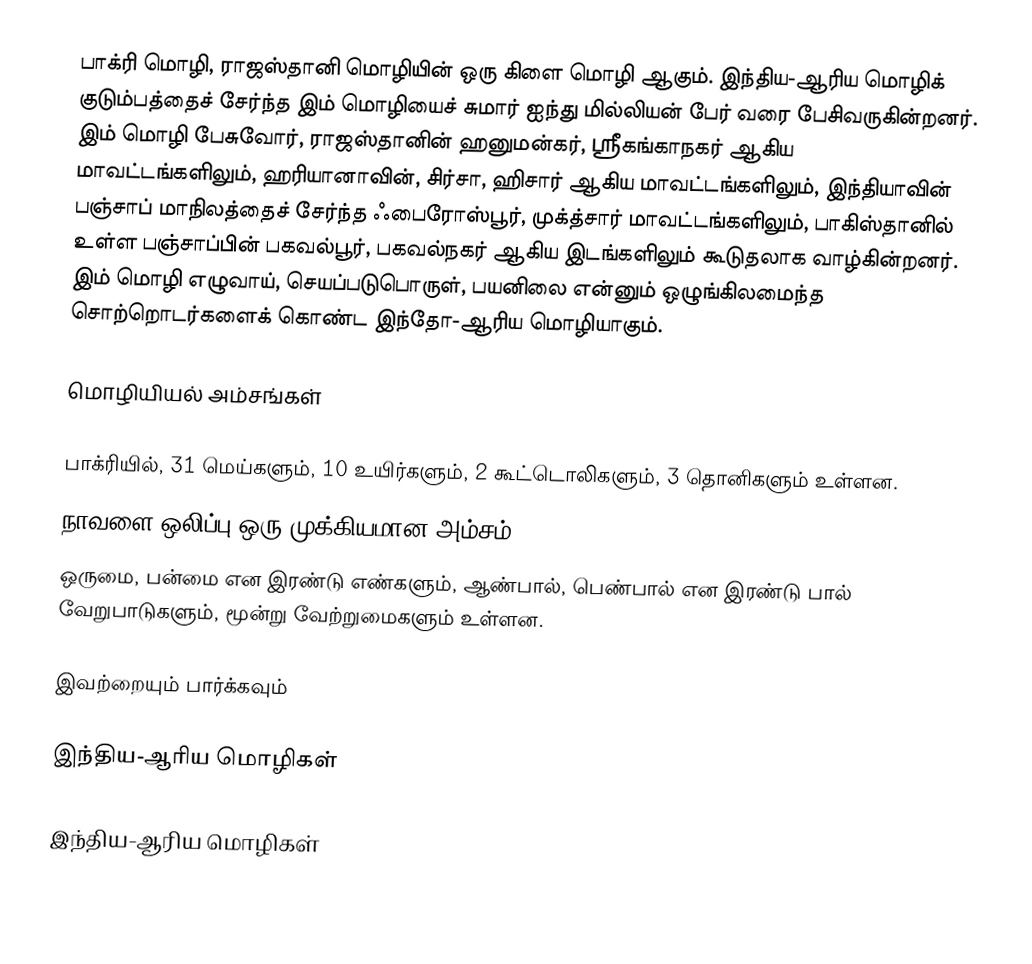
பாக்ரி மொழி, ராஜஸ்தானி மொழியின் ஒரு கிளை மொழி ஆகும். இந்திய-ஆரிய மொழிக் குடும்பத்தைச் சேர்ந்த இம் மொழியைச் சுமார் ஐந்து மில்லியன் பேர் வரை பேசிவருகின்றனர். இம் மொழி பேசுவோர், ராஜஸ்தானின் ஹனுமன்கர், ஸ்ரீகங்காநகர் ஆகிய மாவட்டங்களிலும், ஹரியானாவின், சிர்சா, ஹிசார் ஆகிய மாவட்டங்களிலும், இந்தியாவின் பஞ்சாப் மாநிலத்தைச் சேர்ந்த ஃபைரோஸ்பூர், முக்த்சார் மாவட்டங்களிலும், பாகிஸ்தானில் உள்ள பஞ்சாப்பின் பகவல்பூர், பகவல்நகர் ஆகிய இடங்களிலும் கூடுதலாக வாழ்கின்றனர். இம் மொழி எழுவாய், செயப்படுபொருள், பயனிலை என்னும் ஒழுங்கிலமைந்த சொற்றொடர்களைக் கொண்ட இந்தோ-ஆரிய மொழியாகும்.

மொழியியல் அம்சங்கள்

 பாக்ரியில், 31 மெய்களும், 10 உயிர்களும், 2 கூட்டொலிகளும், 3 தொனிகளும் உள்ளன.
 நாவளை ஒலிப்பு ஒரு முக்கியமான அம்சம்.
 ஒருமை, பன்மை என இரண்டு எண்களும், ஆண்பால், பெண்பால் என இரண்டு பால் வேறுபாடுகளும், மூன்று வேற்றுமைகளும் உள்ளன.

இவற்றையும் பார்க்கவும்

 இந்திய-ஆரிய மொழிகள்

இந்திய-ஆரிய மொழிகள்